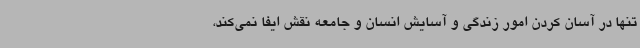
تنها در آسان کردن امور زندگی و آسایش انسان و جامعه نقش ایفا نمی‌کند،